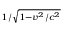
\scriptstyle { 1 / { \sqrt { 1 - { v ^ { 2 } } / { c ^ { 2 } } } } }